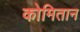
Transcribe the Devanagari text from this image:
कोमितान